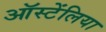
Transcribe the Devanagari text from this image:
ऑस्टेंलिया